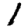
Digit: 1